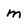
Character: m